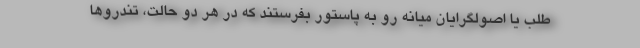
طلب یا اصولگرایان میانه رو به پاستور بفرستند که در هر دو حالت، تندروها